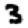
Digit: 3